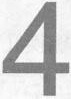
4